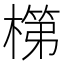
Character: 𬄏